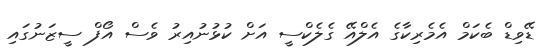
ޑޭވިޑް ބެކަމް އެމެރިކާގެ އެލްއޭ ގެލެކްސީ އަށް ކުޅުނުއިރު ވެސް އޯފް ސީޒަނުގައި